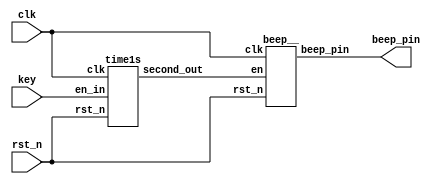
module beep(
					clk, //50MHz
					rst_n, //
					beep_pin, //
					key //1
					);
	
	input clk; //50MHz
	input rst_n;//
	output beep_pin; //
	input [7:0] key; //1
	
	wire clk;
	wire rst_n;//
	wire beep_pin;
	wire second_out;
	
	wire [7:0] key; //1
	
	//
	beep__	beep__(
							.clk(clk),
							.rst_n(rst_n),
							.beep_pin(beep_pin),
							.en(second_out)
						);
	
	//0.5
	time1s	time1s(
							.clk(clk),
							.rst_n(rst_n),
							.second_out(second_out),
							.en_in(key)
						);
	
endmodule

module time1s(
					clk, //50MHz
					rst_n,
					second_out,
					en_in
					);
	
	input clk; //50MHz
	input rst_n;//
	input [7:0] en_in;
	
	output second_out;
	
	wire clk,rst_n;
	wire [7:0]en_in;
	reg second_out;
	
	reg [27:0] cont;
	
	//0.5
	always@(posedge clk or negedge rst_n)
		begin
			if(!rst_n) begin
				cont <= 0;
				second_out <= 0;
			end
			else if (cont == 28'd12999999)begin
				cont <= 0;
				second_out <= 0;
			end
			else if(en_in == 8'd1 || en_in == 8'd2 || en_in == 8'd3 || en_in == 8'd4 || en_in == 8'd5 || en_in == 8'd6 || 
					  en_in == 8'd7 || en_in == 8'd8 || en_in == 8'd9 ||second_out == 1)begin //
				second_out <= 1;
				cont <= cont + 1'b1;
			end
		end
		
endmodule



module beep__(
					clk, //50MHz
					rst_n,//
					beep_pin,
					en
					);
	
	input clk;//50MHz
	input rst_n;//
	output beep_pin; //
	input en;
	
	wire clk;
	wire rst_n;
	reg beep_pin; //
	wire en;
	
	reg [28:0] cont;
	
	//50M
	always@(posedge clk or negedge rst_n)
		begin
			if(!rst_n)
				cont <= 0;
			else if (cont == 28'd40000)
				cont <= 0;
			else
				cont <= cont + 1'b1;
		end
		
	//
	always@(posedge clk or negedge rst_n)
		begin
			if (!rst_n)
				beep_pin <= 0;
			else if (cont == 28'd40000 && en == 1)
				beep_pin <=~ beep_pin;
			else
				beep_pin <= beep_pin;
		end
endmodule